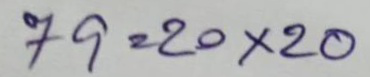
79 = 20x20